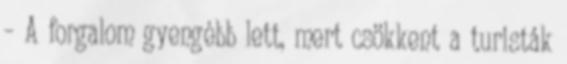
– A forgalom gyengébb lett, mert csökkent a turisták